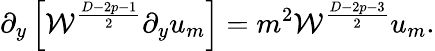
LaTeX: \partial_{y}\left[{\cal W}^{\frac{D-2p-1}{2}}\partial_{y}u_{m}\right]=m^{2}{\cal W}^{\frac{D-2p-3}{2}}u_{m}.